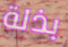
بذلة